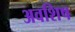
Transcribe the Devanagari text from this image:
अवशिष